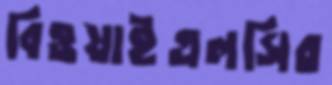
বিওয়াইএলসির